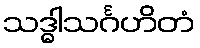
သဒ္ဓါသင်္ဂဟိတံ